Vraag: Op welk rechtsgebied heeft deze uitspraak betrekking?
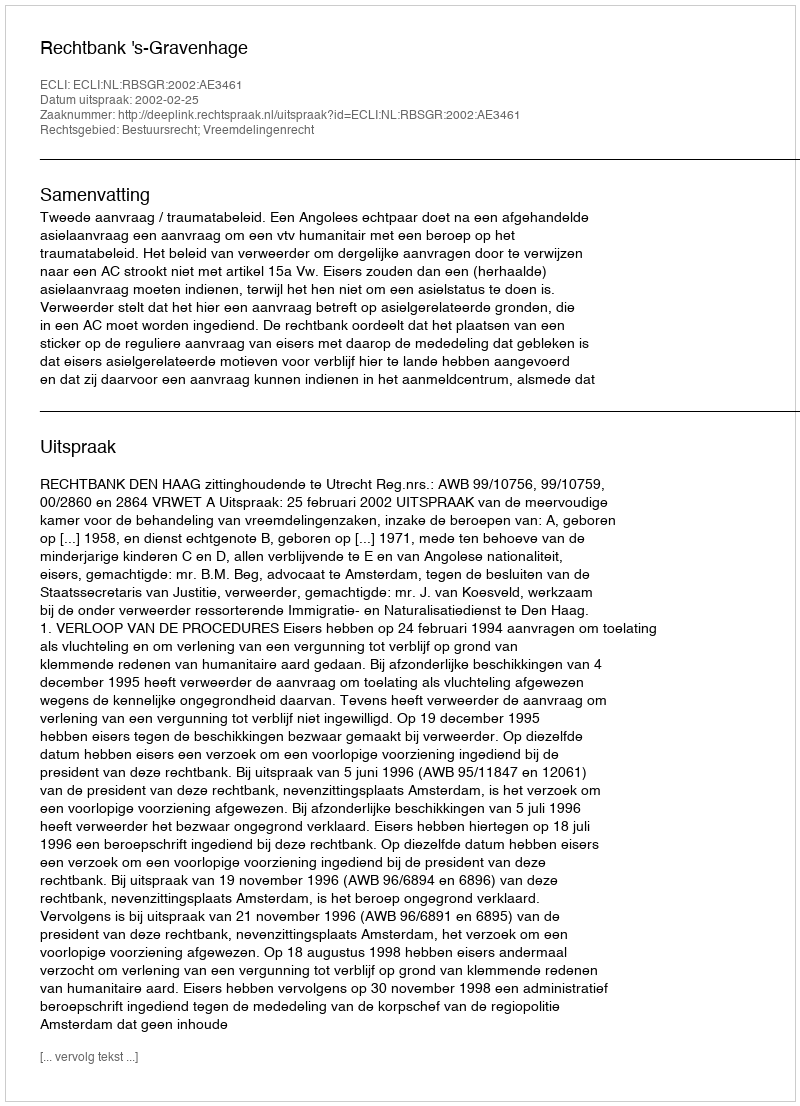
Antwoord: Bestuursrecht; Vreemdelingenrecht